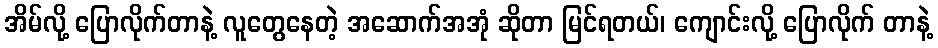
အိမ်လို့ ပြောလိုက်တာနဲ့ လူတွေနေတဲ့ အဆောက်အအုံ ဆိုတာ မြင်ရတယ်၊ ကျောင်းလို့ ပြောလိုက် တာနဲ့